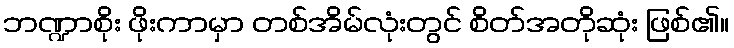
ဘဏ္ဍာစိုး ဖိုးကာမှာ တစ်အိမ်လုံးတွင် စိတ်အတိုဆုံး ဖြစ်၏။